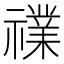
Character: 𱵬